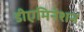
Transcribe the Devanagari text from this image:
डीएमिनेशन